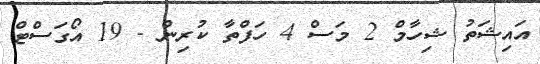
އައިޝަތު ޝިހާމް 2 މަސް 4 ހަފްތާ ކުރިން - 19 އޯގަސްޓް